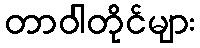
တာဝါတိုင်များ